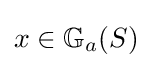
x\in \mathbb {G} _{a}(S)